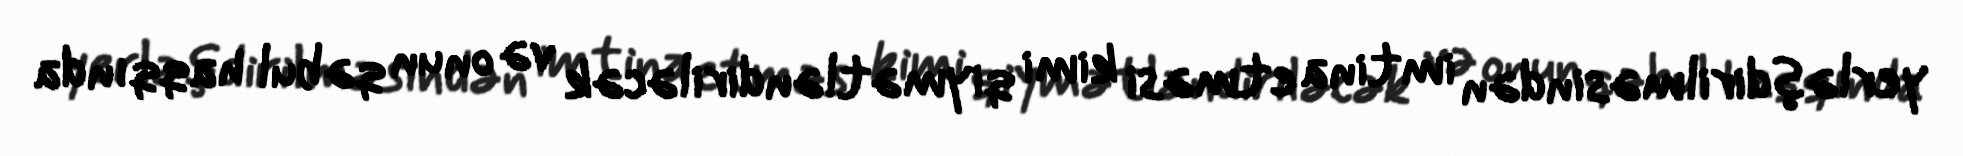
yerləşdirilməsindən imtina etməsi kimi qiymətləndiriləcək və onun qəbul haqqında